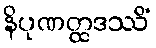
နိပုဏတ္ထဒဿိံ